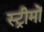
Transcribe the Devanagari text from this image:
स्ट्रीमों